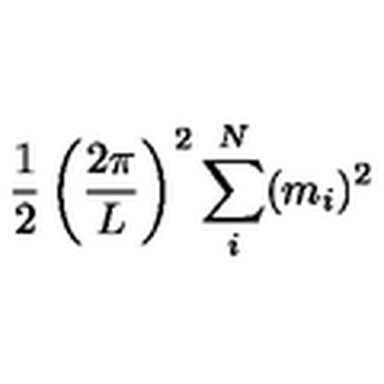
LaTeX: { \frac { 1 } { 2 } } \left( { \frac { 2 \pi } { L } } \right) ^ { 2 } \sum _ { i } ^ { N } ( m _ { i } ) ^ { 2 }